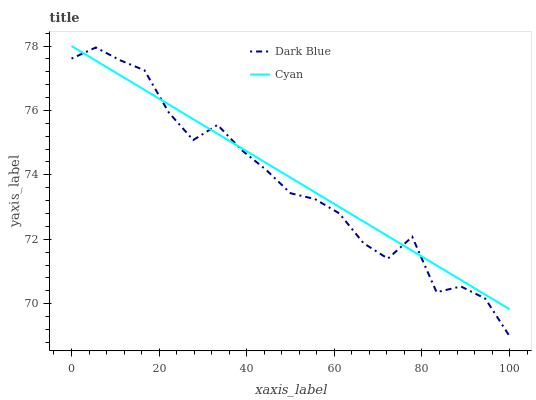
| xaxis_label | Dark Blue | Cyan |
 | --- | --- | --- |
 | 0 | 77.6 | 78 |
 | 5.56 | 78 | 77.5 |
 | 11.1 | 77.6 | 77.1 |
 | 16.7 | 77.2 | 76.6 |
 | 22.2 | 75.9 | 76.2 |
 | 27.8 | 75.1 | 75.7 |
 | 33.3 | 75.6 | 75.3 |
 | 38.9 | 74.8 | 74.8 |
 | 44.4 | 74.2 | 74.4 |
 | 50 | 73.4 | 73.9 |
 | 55.6 | 73.3 | 73.5 |
 | 61.1 | 72.8 | 73 |
 | 66.7 | 71.9 | 72.6 |
 | 72.2 | 71.4 | 72.1 |
 | 77.8 | 72.1 | 71.6 |
 | 83.3 | 70.4 | 71.2 |
 | 88.9 | 70.5 | 70.7 |
 | 94.4 | 70.2 | 70.3 |
 | 100 | 69 | 69.8 |